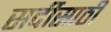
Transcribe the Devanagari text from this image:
सर्दीसाठी